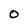
Character: O